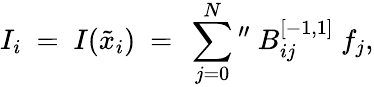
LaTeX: I_{i}\ =\ I(\tilde{x}_{i})\ =\ \sum_{j=0}^{N}\mathrm{{}^{\prime\prime}}\ B_{ij}^{[-1,1]}\ f_{j},